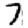
Digit: 7